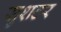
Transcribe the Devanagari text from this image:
सुशटर